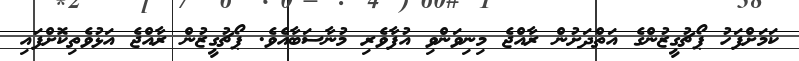
ކަމަށްފަހު ޕޯޗުގީޒުންގެ އަތްދަށުން ރާއްޖެ މިނިވަންވި އުފާވެރި މުނާސަބާއެވެ. ޕޯޗުގީޒުން ރާއްޖެ އަޅުވެތިކޮށްފައި